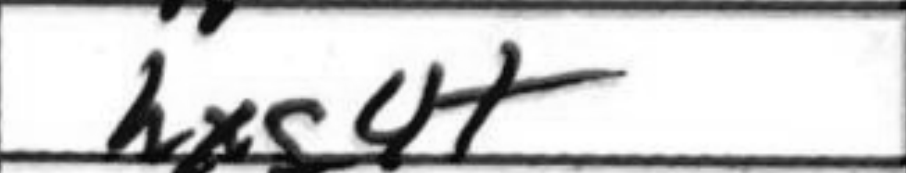
Transcription: hxg4+